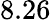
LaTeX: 8.26